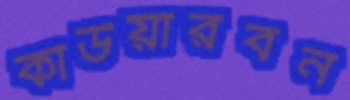
কাউয়ারবন